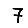
Digit: 7